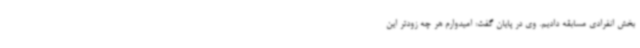
بخش انفرادی مسابقه دادیم. وی در پایان گفت: امیدوارم هر چه زودتر این